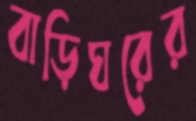
বাড়িঘরের